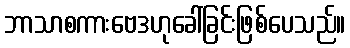
ဘာသာစကားဗေဒဟုခေါ်ခြင်းဖြစ်ပေသည်။